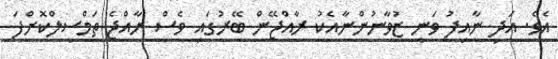
އެވެ. އަދި ނާއިފު ވަނީ ޒުވާނުންނާއެކު ރާއްޖޭން ބޭރުގައި ވެސް ރާއްޖެ ތަމްސީލްކޮށްފަ